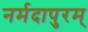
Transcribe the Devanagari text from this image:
नर्मदापुरम्